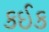
કઈક